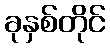
ခုနှစ်တိုင်